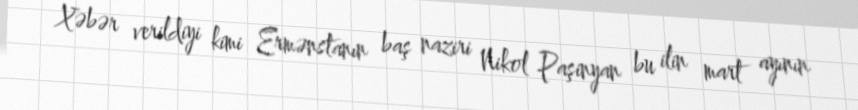
Xəbər verildiyi kimi Ermənstanın baş naziri Nikol Paşinyan bu ilin mart ayının